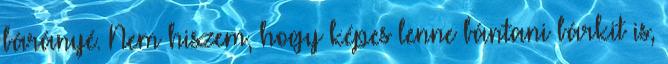
bárányé. Nem hiszem, hogy képes lenne bántani bárkit is,